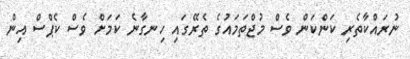
ނުރައްކާތެރި ކަންކަން ވެސް މުޖްތަމައުގެ ތެރޭގައި ހިނގާނެ ކަމަށް ވެސް ކެޕްސް އިން